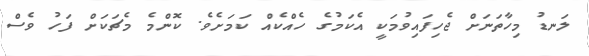
ލަނޑު މިހާތަނަށް ޖެހިފައިވުމަކީ އެކަމުގެ ހެއްކެއް ކަމަށެވެ. ކޮންމެ މެޗަކަށް ފަހު ވެސް